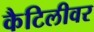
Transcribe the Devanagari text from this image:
कैटिलीवर